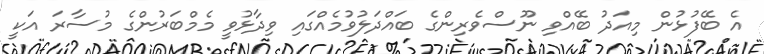
އެ ބޭފުޅުން މިއަދު ބޭއްވި ނޫސްވެރިންގެ ބައްދަލުވުމެއްގައި ވިދާޅުވީ މެމްބަރުންގެ މުސާރަ އަކީ